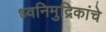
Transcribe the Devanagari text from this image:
ध्वनिमुद्रिकांचे